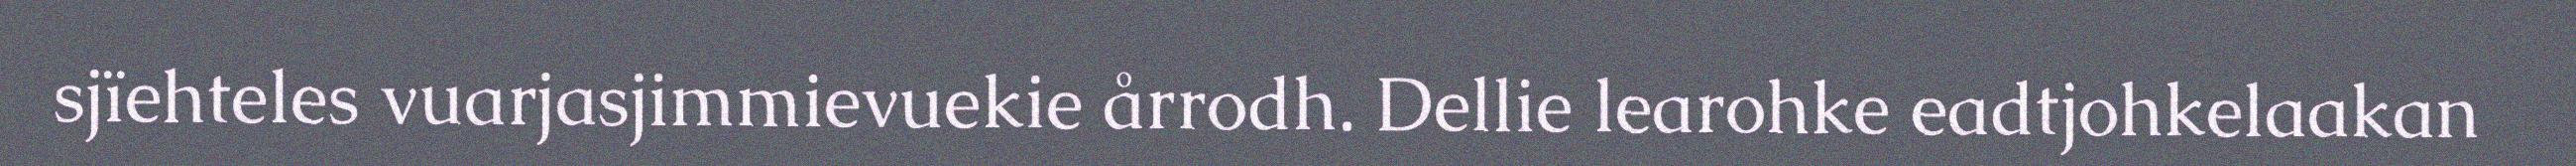
sjïehteles vuarjasjimmievuekie årrodh. Dellie learohke eadtjohkelaakan